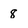
Character: 8